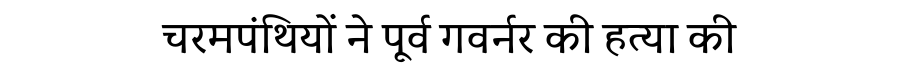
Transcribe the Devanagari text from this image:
चरमपंथियों ने पूर्व गवर्नर की हत्या की